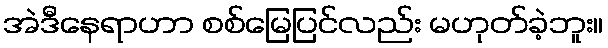
အဲဒီနေရာဟာ စစ်မြေပြင်လည်း မဟုတ်ခဲ့ဘူး။